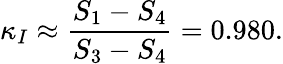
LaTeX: \kappa_{I}\approx\frac{S_{1}-S_{4}}{S_{3}-S_{4}}=0.980.